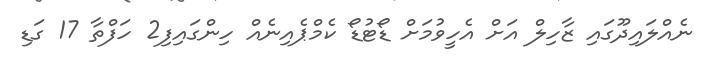
ނެއްލައިދޫގައި ޒާހިލް އަށް އެހީވުމަށް ޑޯޓުޑޯ ކެމްޕެއިނެއް ހިންގައިފި2 ހަފްތާ 17 ގަޑި